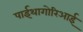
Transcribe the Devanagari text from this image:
पाईथागोरिआई